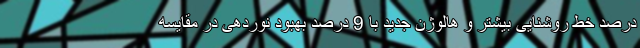
درصد خط روشنایی بیشتر و هالوژن جدید با 9 درصد بهبود نوردهی در مقایسه